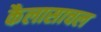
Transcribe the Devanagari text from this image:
कैलासाचल